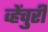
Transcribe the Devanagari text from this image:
व्हेंचुरी